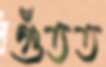
গুঁতত